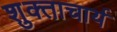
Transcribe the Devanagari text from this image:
शुक्ताचार्य